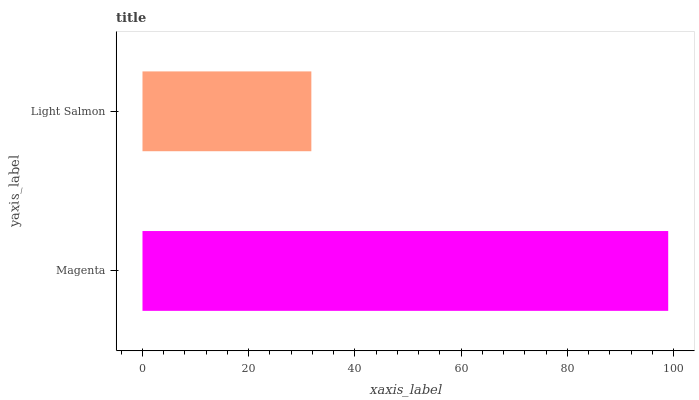
| yaxis_label | bars |
 | --- | --- |
 | Magenta | 99 |
 | Light Salmon | 31.8 |